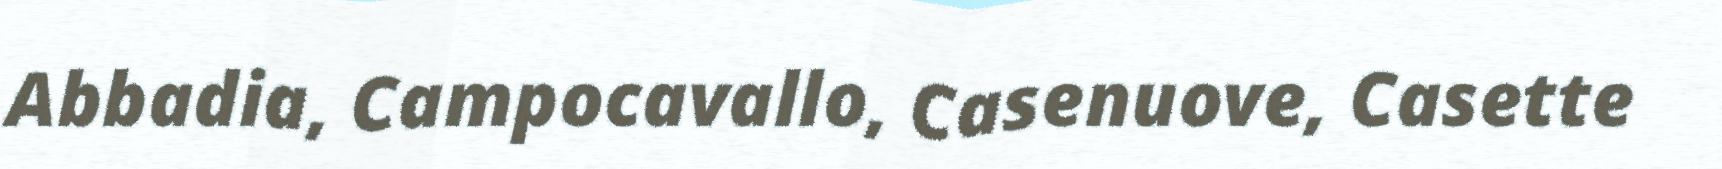
Abbadia, Campocavallo, Casenuove, Casette